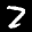
Label: 2